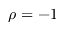
\rho = - 1